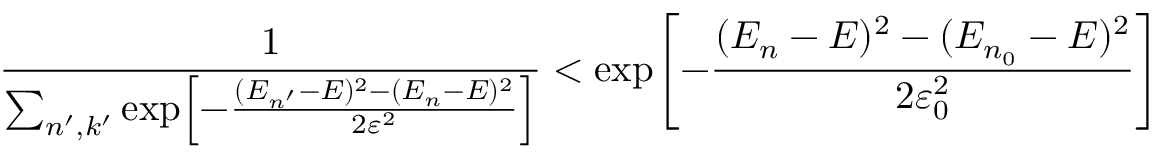
{ \frac { 1 } { \sum _ { n ^ { \prime } , k ^ { \prime } } \exp \! \left[ { - { \frac { ( E _ { n ^ { \prime } } - E ) ^ { 2 } - ( E _ { n } - E ) ^ { 2 } } { 2 \varepsilon ^ { 2 } } } } \right] } } < \exp \! \left[ { - { \frac { ( E _ { n } - E ) ^ { 2 } - ( E _ { n _ { 0 } } - E ) ^ { 2 } } { 2 \varepsilon _ { 0 } ^ { 2 } } } } \right]